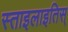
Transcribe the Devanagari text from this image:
स्ताइलाइतिस्